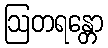
ဩတရန္တော